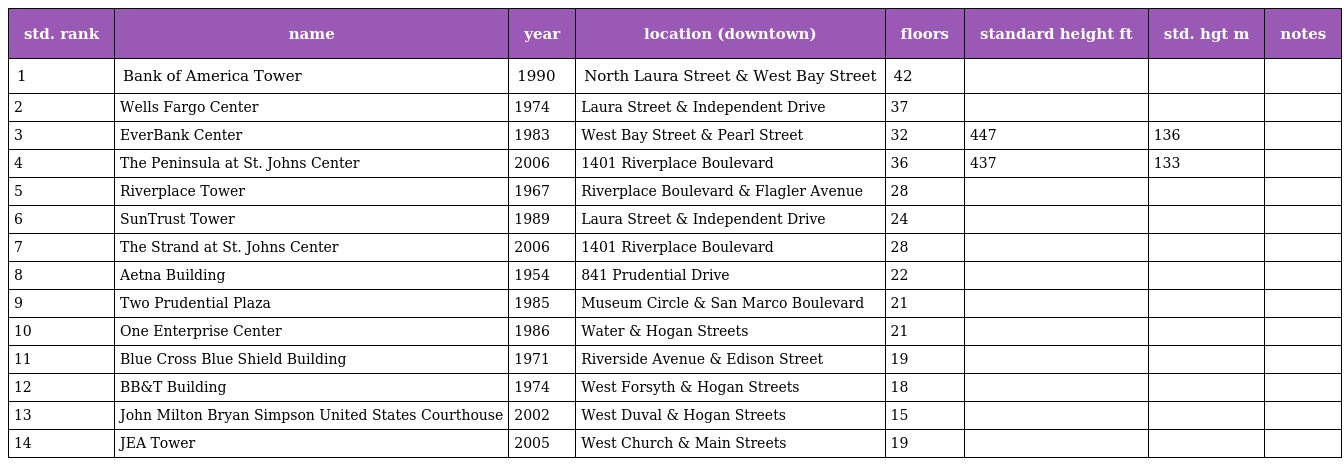
| std. rank | name | year | location (downtown) | floors | standard height ft | std. hgt m | notes |
 | --- | --- | --- | --- | --- | --- | --- | --- |
 | 1 | Bank of America Tower | 1990 | North Laura Street & West Bay Street | 42 |  |  |  |
 | 2 | Wells Fargo Center | 1974 | Laura Street & Independent Drive | 37 |  |  |  |
 | 3 | EverBank Center | 1983 | West Bay Street & Pearl Street | 32 | 447 | 136 |  |
 | 4 | The Peninsula at St. Johns Center | 2006 | 1401 Riverplace Boulevard | 36 | 437 | 133 |  |
 | 5 | Riverplace Tower | 1967 | Riverplace Boulevard & Flagler Avenue | 28 |  |  |  |
 | 6 | SunTrust Tower | 1989 | Laura Street & Independent Drive | 24 |  |  |  |
 | 7 | The Strand at St. Johns Center | 2006 | 1401 Riverplace Boulevard | 28 |  |  |  |
 | 8 | Aetna Building | 1954 | 841 Prudential Drive | 22 |  |  |  |
 | 9 | Two Prudential Plaza | 1985 | Museum Circle & San Marco Boulevard | 21 |  |  |  |
 | 10 | One Enterprise Center | 1986 | Water & Hogan Streets | 21 |  |  |  |
 | 11 | Blue Cross Blue Shield Building | 1971 | Riverside Avenue & Edison Street | 19 |  |  |  |
 | 12 | BB&T Building | 1974 | West Forsyth & Hogan Streets | 18 |  |  |  |
 | 13 | John Milton Bryan Simpson United States Courthouse | 2002 | West Duval & Hogan Streets | 15 |  |  |  |
 | 14 | JEA Tower | 2005 | West Church & Main Streets | 19 |  |  |  |